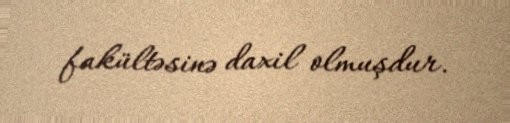
fakültəsinə daxil olmuşdur.